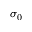
\sigma _ { 0 }